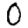
Digit: 0